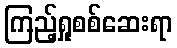
ကြည့်ရှုစစ်ဆေးရာ